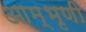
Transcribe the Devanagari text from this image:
आम्भृणी